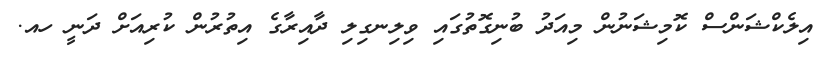
އިލެކްޝަންސް ކޮމިޝަނުން މިއަދު ބުނިގޮތުގައި ވިލިނގިލި ދާއިރާގެ އިތުރުން ކުރިއަށް ދަނީ ހއ.